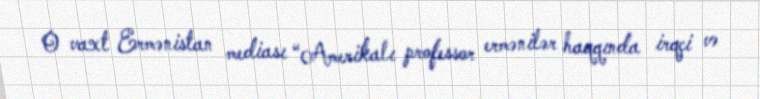
O vaxt Ermənistan mediası “Amerikalı professor ermənilər haqqında irqçi və